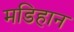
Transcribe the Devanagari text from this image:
मडिहान